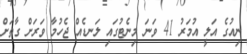
ނިއުގެ އަލީ އުމަރު 41 ވަނަ މިނެޓުގައި ލަނޑެއް ޖެހުމާ ވަރަށް ގާތަށް